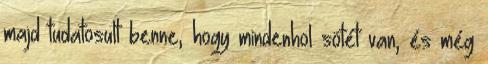
majd tudatosult benne, hogy mindenhol sötét van, és még